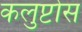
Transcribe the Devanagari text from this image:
कलुप्टोस